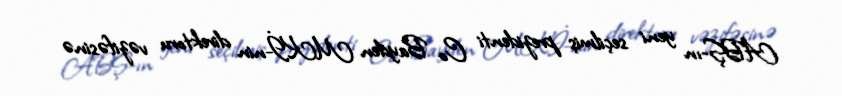
ABŞ-ın yeni seçilmiş prezidenti Co Bayden MKİ-nin direktoru vəzifəsinə